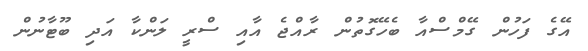
އޭގެ ފަހުން ގޭމްސްއާ ބެހޭގޮތުން ރާއްޖެ އާއި ސްރީ ލަންކާ އަދި ބޫޓާނުން